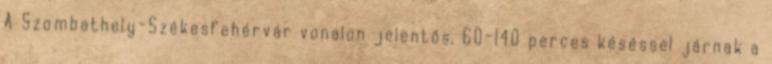
A Szombathely-Székesfehérvár vonalon jelentős, 60-140 perces késéssel járnak a